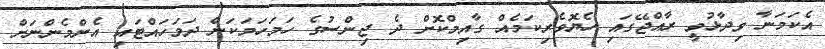
އެކަމަނާ ވިދާޅުވީ ރާއްޖޭގައި ހެޔޮވެރިކަމެއް ގާއިމްކޮށް ދެ ޖިންސުގެ ހަމަހަމަކަން ދަމަހައްޓައި އެންމެންނަށް